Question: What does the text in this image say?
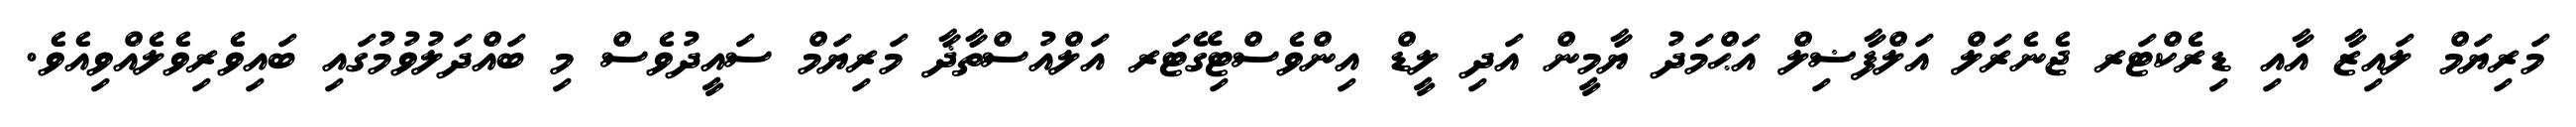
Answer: މަރިޔަމް ލައިޒާ އާއި ޑިރެކްޓަރ ޖެނެރަލް އަލްފާޟިލް އަޙްމަދު ޔާމީން އަދި ލީޑް އިންވެސްޓިގޭޓަރ އަލްއުސްތާޛާ މަރިޔަމް ސައީދުވެސް މި ބައްދަލުވުމުގައި ބައިވެރިވެލެއްވިއެވެ.